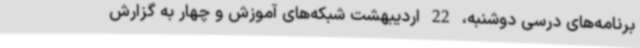
برنامه‌های درسی دوشنبه، 22 اردیبهشت شبکه‌های آموزش و چهار به گزارش